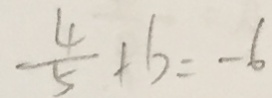
\frac { 4 } { 5 } + b = - 6